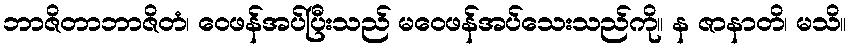
ဘာဇိတာဘာဇိတံ၊ ဝေဖန်အပ်ပြီးသည် မဝေဖန်အပ်သေးသည်ကို။ န ဇာနာတိ၊ မသိ။